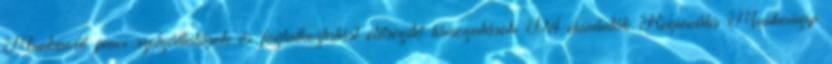
Munkaerő-piaci szolgáltatások és foglalkoztatást elősegítő támogatások Dél-dunántúli Regionális Munkaügyi